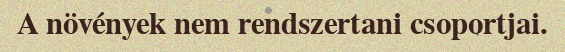
A növények nem rendszertani csoportjai.